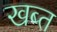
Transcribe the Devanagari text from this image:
खब्त